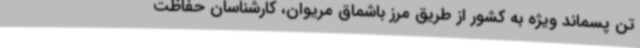
تن پسماند ویژه به کشور از طریق مرز باشماق مریوان، کارشناسان حفاظت